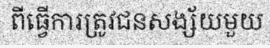
ពីធ្វើការត្រូវជនសង្ស័យមួយ